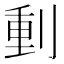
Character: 𠝤